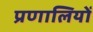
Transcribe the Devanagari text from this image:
प्रणालियों